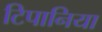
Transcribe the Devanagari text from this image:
टिपानिया